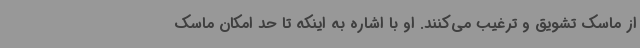
از ماسک تشویق و ترغیب می‌کنند. او با اشاره به اینکه تا حد امکان ماسک